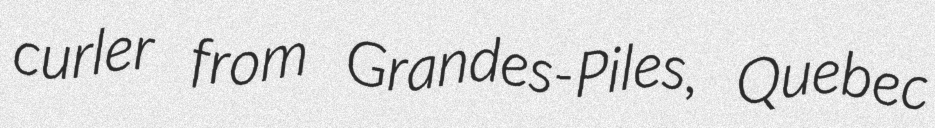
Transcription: curler from Grandes-Piles, Quebec